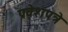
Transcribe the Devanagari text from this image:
प्रवेशपत्रे